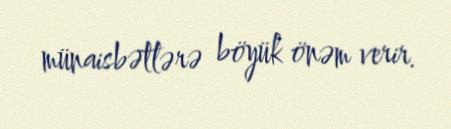
münaisbətlərə böyük önəm verir.